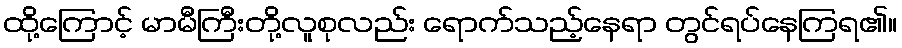
ထို့ကြောင့် မာမီကြီးတို့လူစုလည်း ရောက်သည့်နေရာ တွင်ရပ်နေကြရ၏။